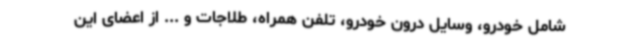
شامل خودرو، وسایل درون خودرو، تلفن همراه، طلاجات و ... از اعضای این